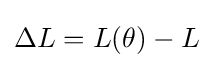
\Delta L=L(\theta )-L